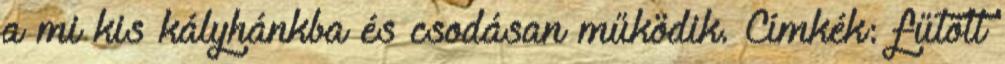
a mi kis kályhánkba és csodásan működik. Címkék: fűtött